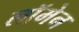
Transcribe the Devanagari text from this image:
लॉमेन